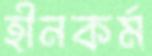
হীনকর্ম